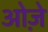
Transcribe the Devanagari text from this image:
ओज़े